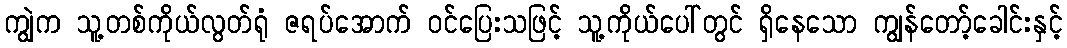
ကျွဲက သူ့တစ်ကိုယ်လွတ်ရုံ ဇရပ်အောက် ဝင်ပြေးသဖြင့် သူ့ကိုယ်ပေါ်တွင် ရှိနေသော ကျွန်တော့်ခေါင်းနှင့်